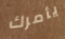
يأمرك